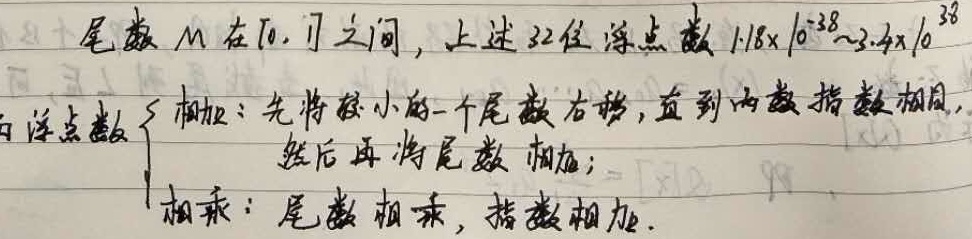
尾数 \(M\) 在\([0,1]\)之间，上述32位浮点数 \(1.18\times10^{-38}\sim3.4\times10^{38}\)。浮点数运算规则如下：
\[
\begin{cases}
\text{相加：先将较小的一个尾数右移，直到两数指数相同，然后再将尾数相加；}\\
\text{相乘：尾数相乘，指数相加.}
\end{cases}
\]